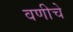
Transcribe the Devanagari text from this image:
वणीचे